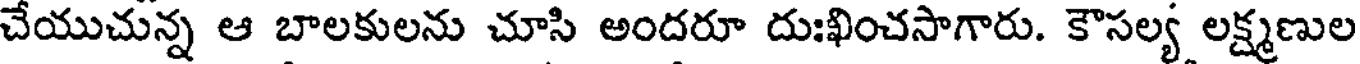
చేయుచున్న ఆ బాలకులను చూసి అందరూ దుఃఖించసాగారు. కౌసల్య లక్ష్మణుల